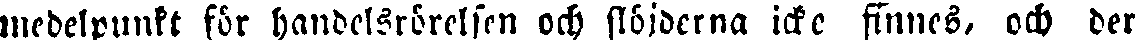
medelpunkt för handelsrörelsen och slöjderna icke finnes, och der